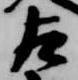
左